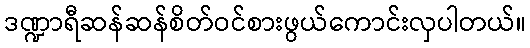
ဒဏ္ဍာရီဆန်ဆန်စိတ်ဝင်စားဖွယ်ကောင်းလှပါတယ်။